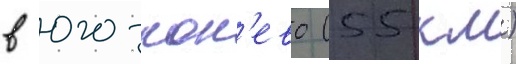
в юго-кон'ево (55 км)